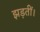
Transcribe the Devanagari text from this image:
झड़तीं।